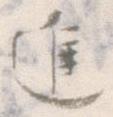
進